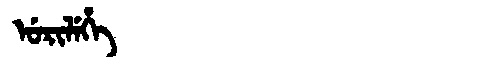
Manchu: ᡠᡵᡳᠯᡝᡥᡝ
Romanization: URILEHE